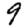
Digit: 9